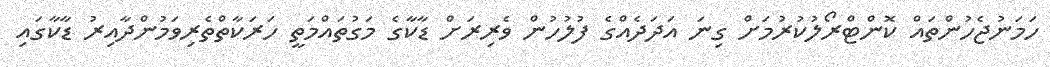
ހަމަނުޖެހުންތައް ކޮންޓްރޯލުކުރުމަށް ގިނަ އަދަދެއްގެ ފުލުހުން ވެރިރަށް ޑާކާގެ މަގުތައްމަތީ ހަރަކާތްތެރިވަމުންދާއިރު ޑާކާގައި